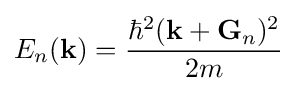
E_{n}(\mathbf {k} )={\frac {\hbar ^{2}(\mathbf {k} +\mathbf {G} _{n})^{2}}{2m}}